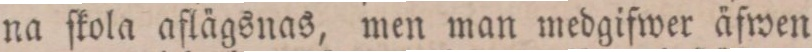
na ſkola aflägsnas, men man medgifwer äfwen